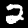
Digit: 2